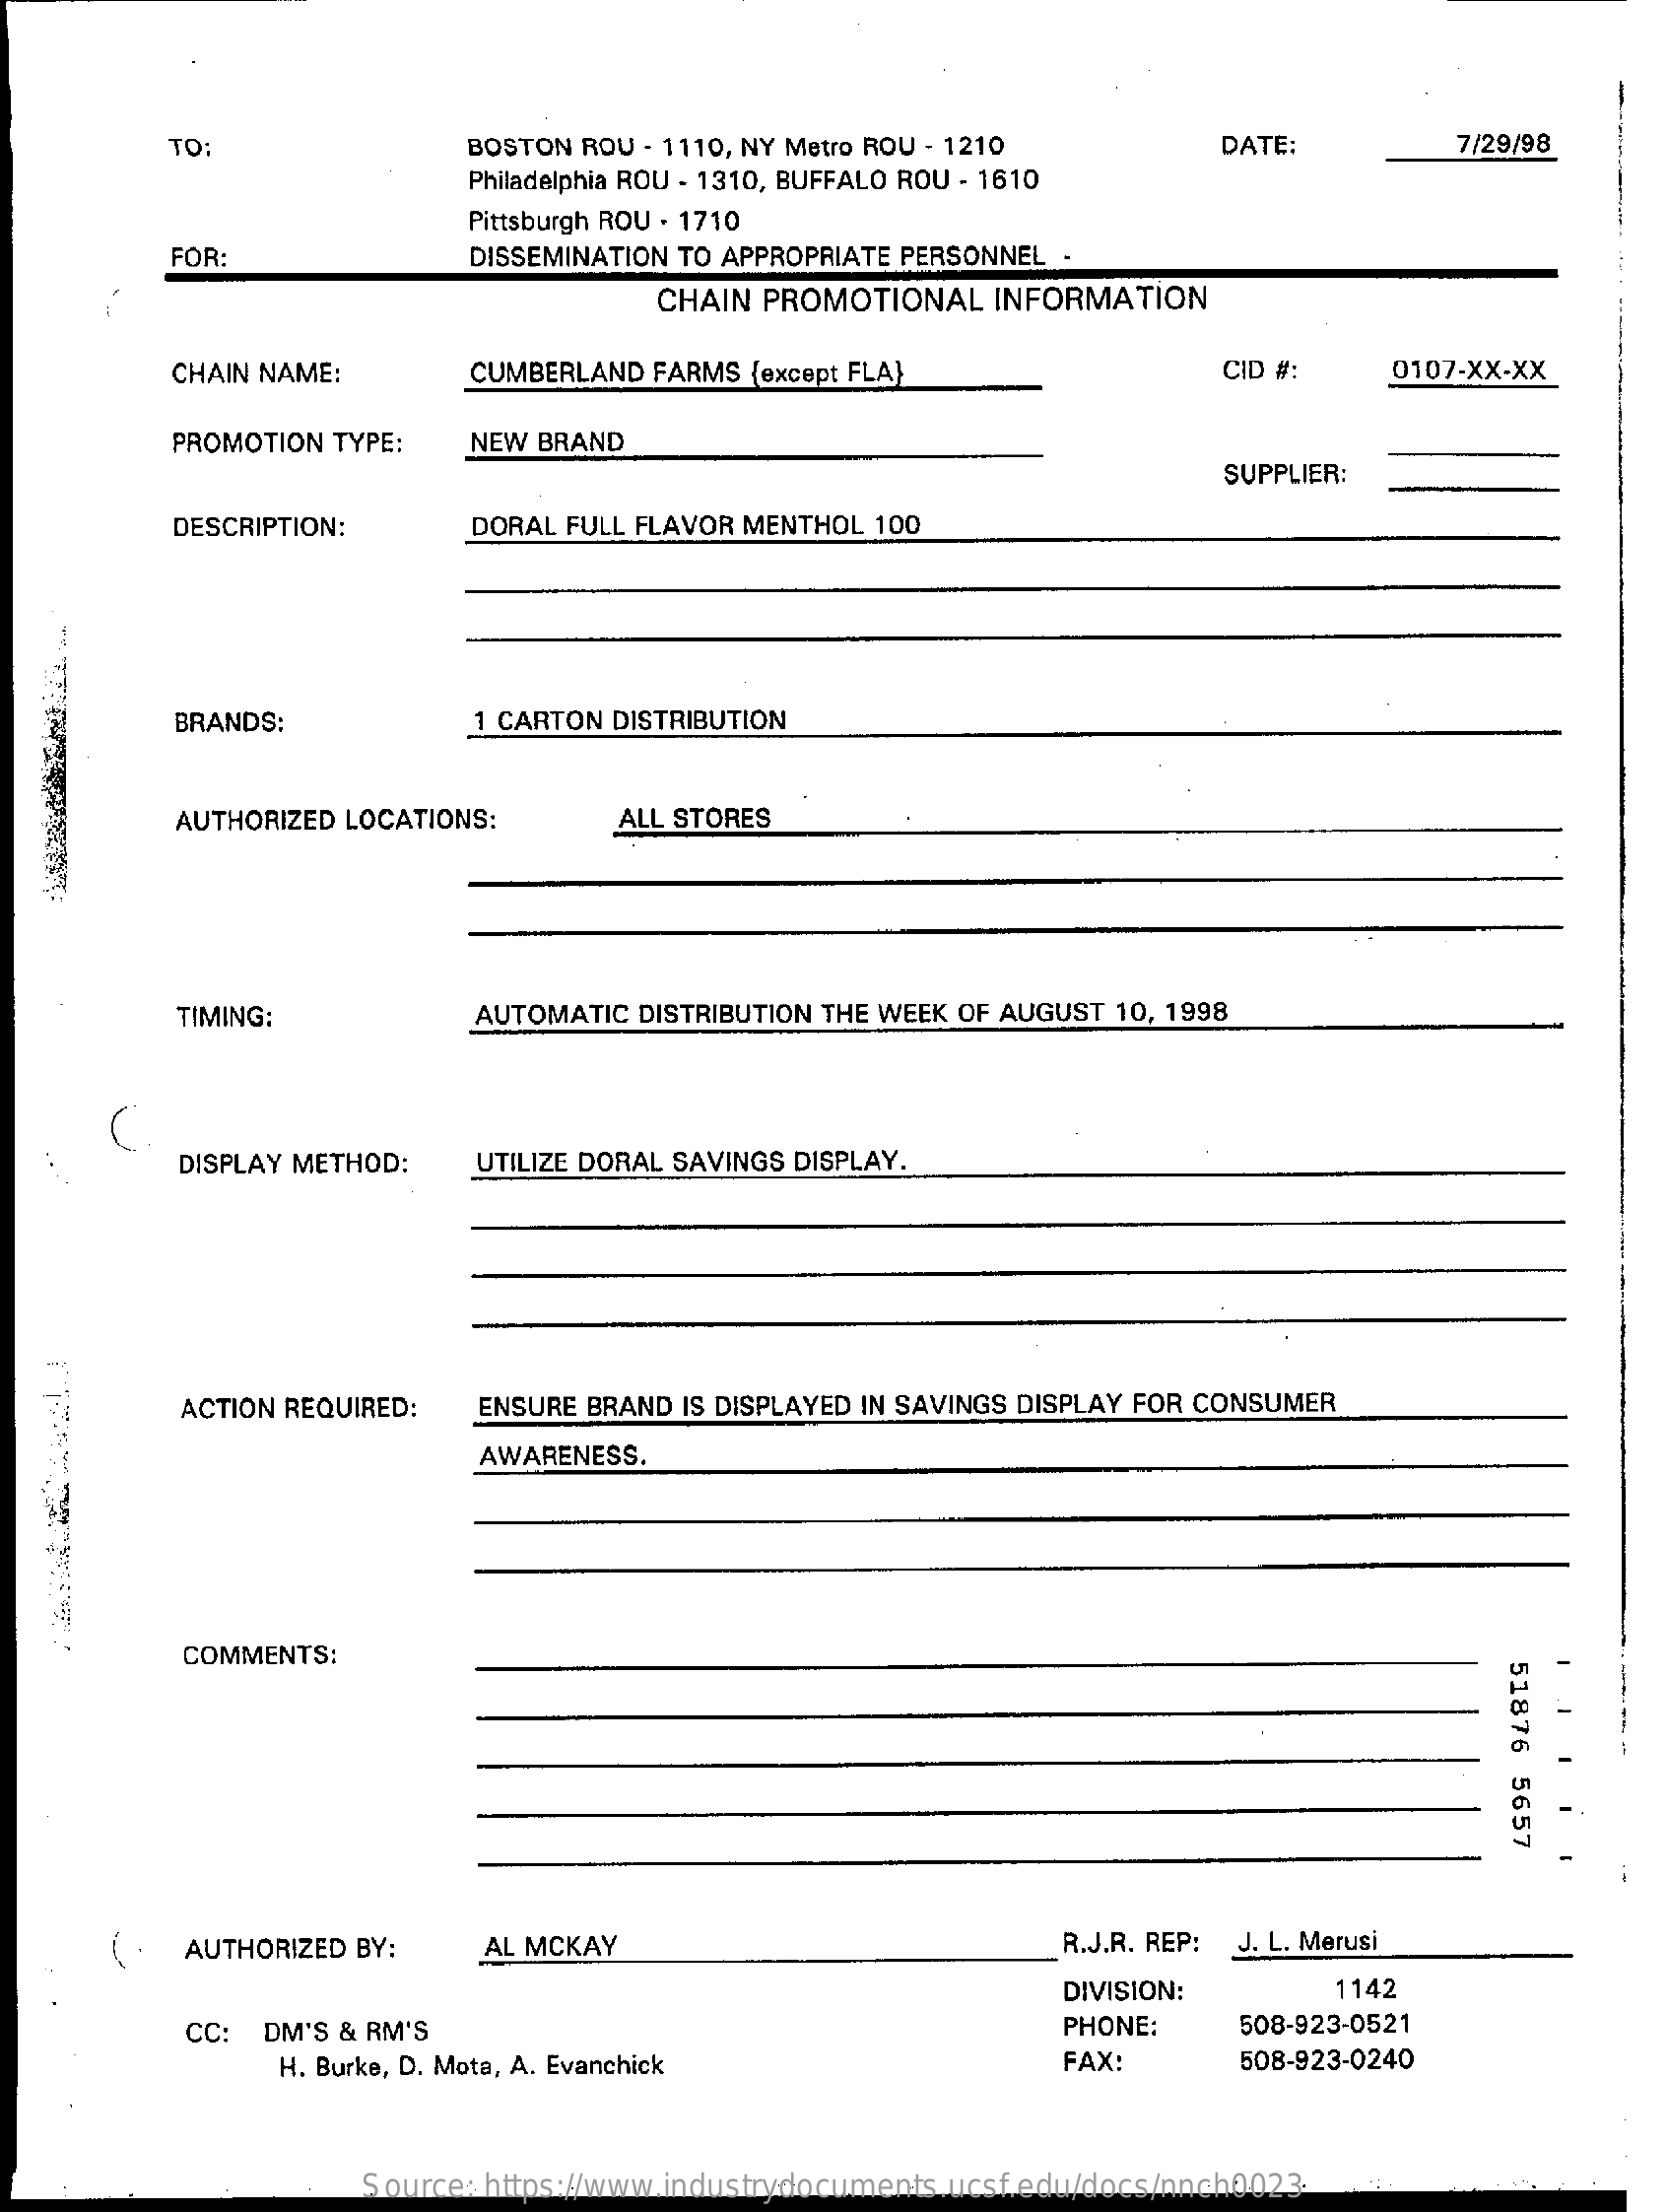
TO:    BOSTON ROU - 1110, NY Metro ROU - 1210    DATE:    7/29/98
     Philadelphia ROU - 1310, BUFFALO ROU - 1610
     Pittsburgh ROU . 1710
     FOR:    DISSEMINATION TO APPROPRIATE PERSONNEL -
     CHAIN PROMOTIONAL INFORMATION
     CHAIN NAME:    CUMBERLAND FARMS {except FLA}    CID #:   0107-XX-XX
     PROMOTION TYPE: NEW BRAND
     SUPPLIER:
     DESCRIPTION:    DORAL FULL FLAVOR MENTHOL 100
     BRANDS:    1 CARTON DISTRIBUTION
     AUTHORIZED LOCATIONS:   ALL STORES
     TIMING:    AUTOMATIC DISTRIBUTION THE WEEK OF AUGUST 10, 1998
     DISPLAY METHOD:  UTILIZE DORAL SAVINGS DISPLAY.
     ACTION REQUIRED: ENSURE BRAND IS DISPLAYED IN SAVINGS DISPLAY FOR CONSUMER
     AWARENESS.
     COMMENTS:
     51876
     5657
     AUTHORIZED BY:   AL MCKAY    R.J.R. REP: J. L. Merusi
     DIVISION:    1142
     CC:  DM'S & RM'S    PHONE:    508-923-0521
     H. Burke, D. Mota, A. Evanchick    FAX:    508-923-0240
     Source: https://www.industrydocuments.ucsf.edu/docs/nnch0023